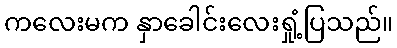
ကလေးမက နှာခေါင်းလေးရှုံ့ပြသည်။